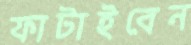
ফাটাইবেন